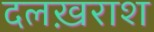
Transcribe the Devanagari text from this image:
दलख़राश